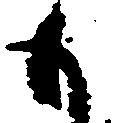
も